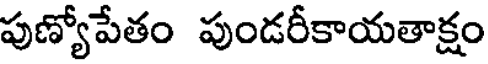
పుణ్యోపేతం పుండరీకాయతాక్షం